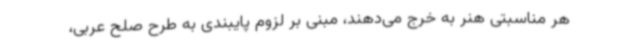
هر مناسبتی هنر به خرج می‌دهند، مبنی بر لزوم پایبندی به طرح صلح عربی،